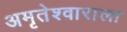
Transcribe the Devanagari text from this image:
अमृतेश्वाराला